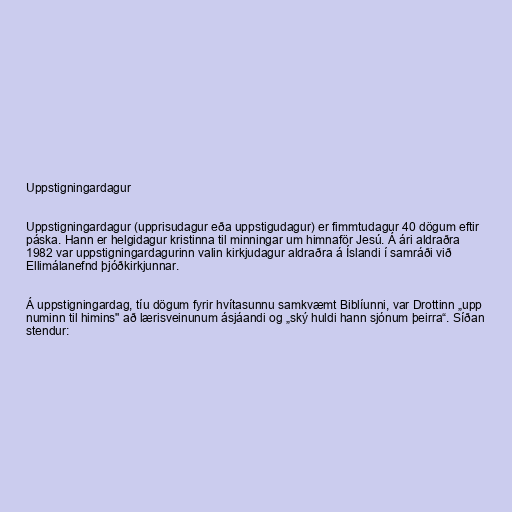
Uppstigningardagur

Uppstigningardagur (upprisudagur eða uppstigudagur) er fimmtudagur 40 dögum eftir
páska. Hann er helgidagur kristinna til minningar um himnaför Jesú. Á ári aldraðra
1982 var uppstigningardagurinn valin kirkjudagur aldraðra á Íslandi í samráði við
Ellimálanefnd þjóðkirkjunnar.

Á uppstigningardag, tíu dögum fyrir hvítasunnu samkvæmt Biblíunni, var Drottinn „upp
numinn til himins" að lærisveinunum ásjáandi og „ský huldi hann sjónum þeirra“. Síðan
stendur: